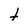
Character: t